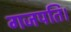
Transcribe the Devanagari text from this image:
गजपति।